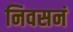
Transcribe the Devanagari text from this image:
निवसनं